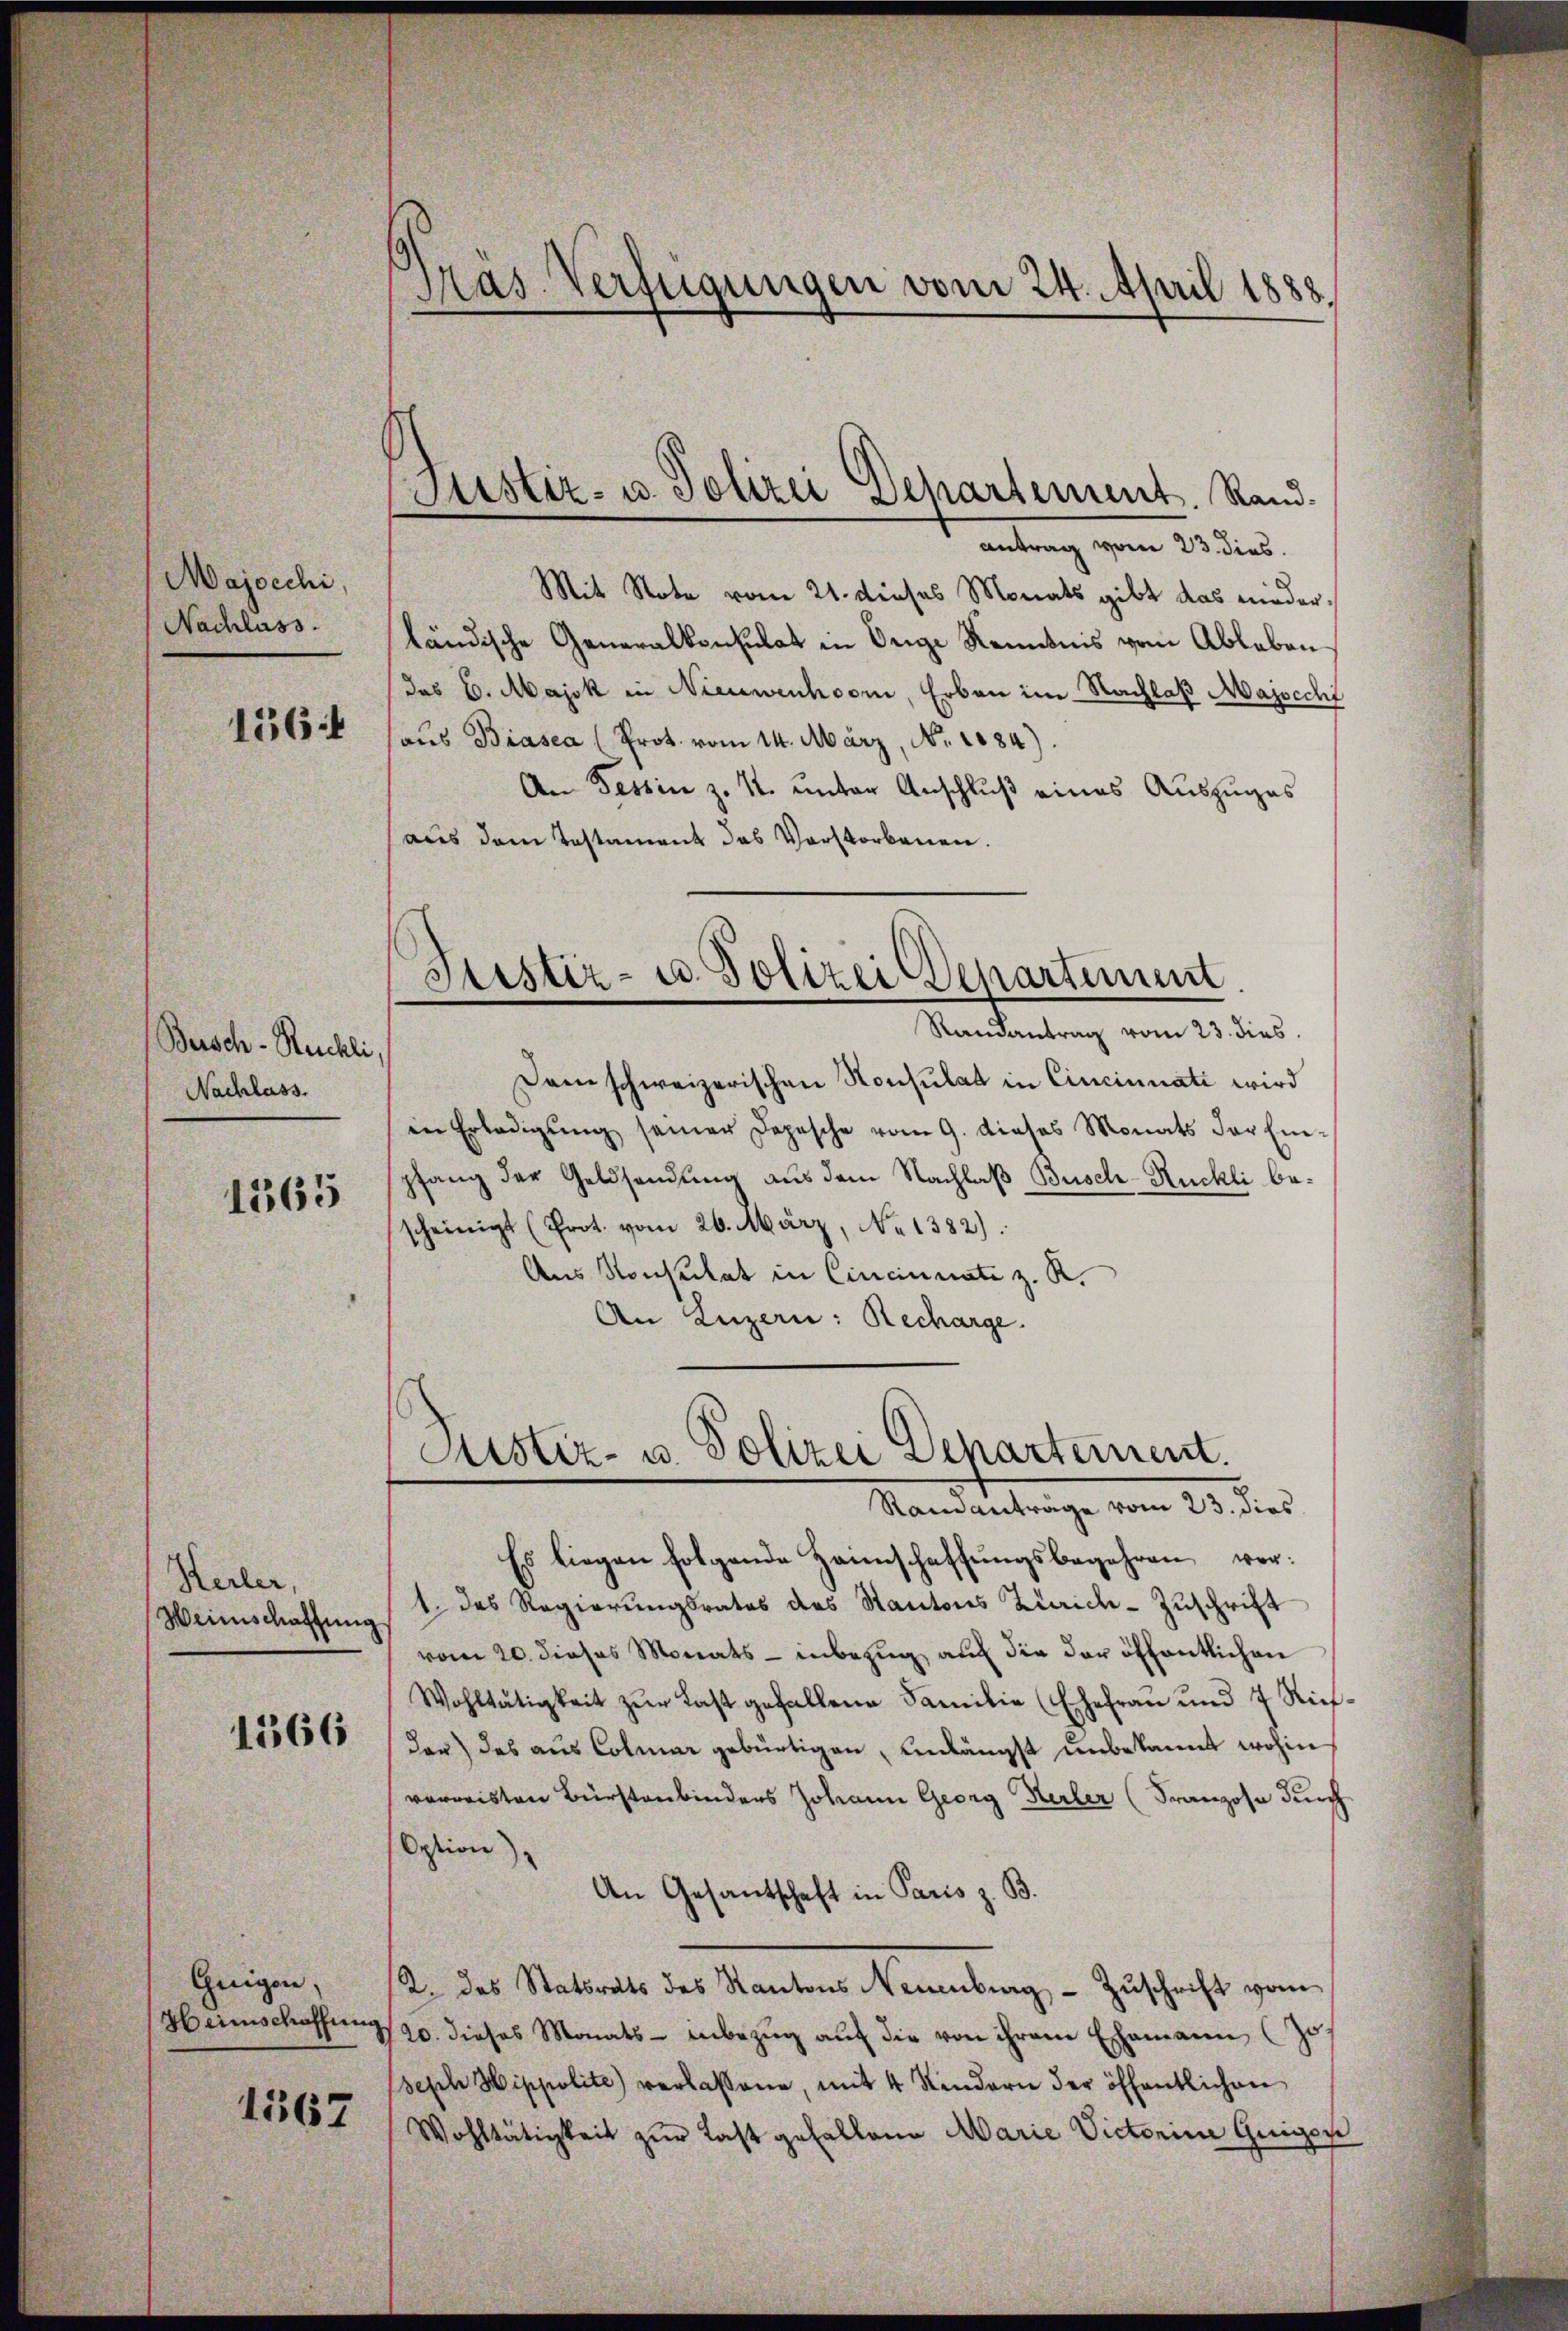
Majocchi,
Nachlass.

156:

Beisch-Reichli,
Nachlass.

1565

Heiler,
Weinschaffung

1566

Gengen,
Heinschaffung

1567

Pras. Verfügungen vom 24. April 1888.

Mit Note vom 21. dieses Monats gibt das niederländische Generalkonsulat in Orige Kenntnis vom Ableben
das E. Majok in Nieuwenhoor, Erben im Nachlaß Majocchi
aus Biasca (Prot. vom 14. März, No. 1884).
An Tessin z. K. unter Anschluß eines Auszuges
aus dem Testament das Vorstorbenen.

Justiz- u. Polizei Departement. Rand:
antrag vom 23. dies

Justiz- u. Polizei Departement
Randantrag vom 23. dies

Justiz- u. Polizei Departeinem
Randantrage vom 23. dies

Dem schweizerischen Konsulat in Cincinnati wird
in Erledigŭng seiner Depesche vom 9. dieses Monats der Ein-
pfang der Geldsendung aus dem Nachlaß Busch-Ruchli bescheinigt (Prot. vom 26. März, No 1382).
Aus Konkulat in Cincinnate z. R.
An Luzern: Recharge.

Es liegen folgende Heimschaffungsbegehren vor¬
1. das Regierungsrates des Stantons Zürich-Zuschrift
vom 20. dieses Monats - inbezug auf die der öffentlichen
Wohltätigkeit zŭr Last gefallene Familie (Ehefrau und 7 Rifdar) das aus Colmar gebürtigen, unlängst unbekannt wohin
verweisten Bürstenbinders Johann Georg Herber (Franzose durch
Option)
An Gesantschaft in Paris z. B.
K. das Statsrats des Kantons Neuenburg - Zuschrift vom
20. dieses Monats - inbezug auf die von ihrem Ehemann (Jo
seph Hippolite) verlassene, mit 4 Kindern der öffentlichen
Wohltätigkeit zur Last gefallene Marie Victorin Guigon